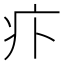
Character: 𤴩